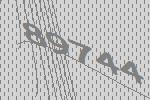
89744